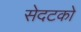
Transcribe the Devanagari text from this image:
सेदटको